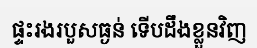
ផ្ទះរងរបួសធ្ងន់ ទើបដឹងខ្លួនវិញ